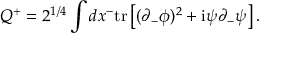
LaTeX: Q ^ { + } = 2 ^ { 1 / 4 } \int d x ^ { - } \mathrm { t r } \left[ ( \partial _ { - } \phi ) ^ { 2 } + \mathrm { i } \psi \partial _ { - } \psi \right] .